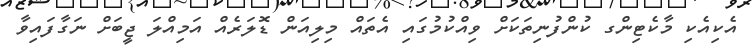
އެކިއެކި މާކެޓިންގ ކުންފުނިތަކަށް ވިއްކުމުގައި އެތައް މިލިއަން ޑޮލަރެއް އަމިއްލަ ޖީބަށް ނަގާފައިވާ